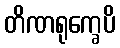
တိဏရုက္ခေပိ